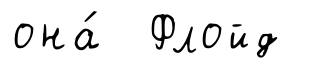
она́ Флойд